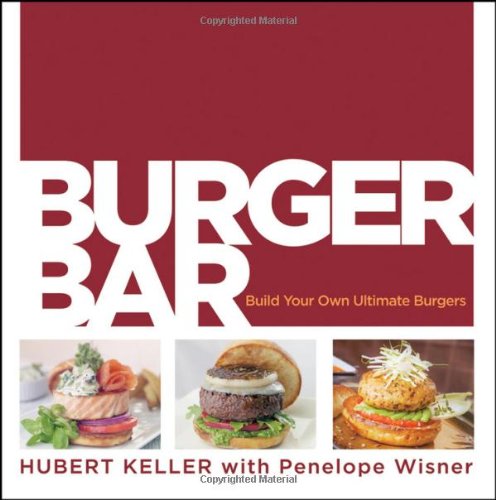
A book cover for Burger Bar: Build Your Own Ultimate Burgers; Hubert Keller; Cookbooks, Food & Wine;